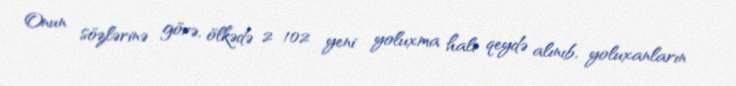
Onun sözlərinə görə, ölkədə 2 102 yeni yoluxma halı qeydə alınıb, yoluxanların